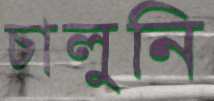
চালুনি